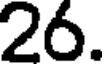
26.